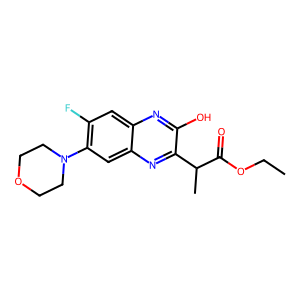
SMILES: CCOC(=O)C(C)c1nc2cc(N3CCOCC3)c(F)cc2nc1O
Inhibits HIV replication: No